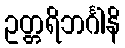
ဥတ္တရိဘင်္ဂါနိ